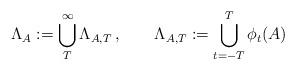
LaTeX: \begin{align*}\Lambda_{A} := \bigcup_{T}^{\infty} \Lambda_{A,T}\,, \qquad\Lambda_{A,T} := \bigcup_{t=-T}^{T} \phi_t(A)\end{align*}